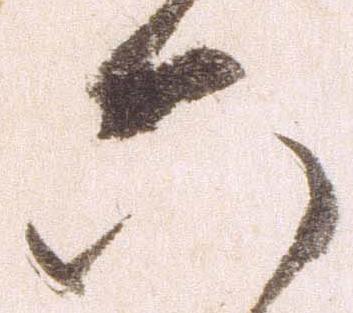
六